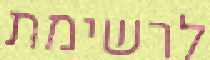
לרשימת